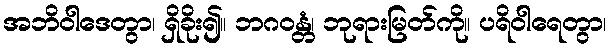
အဘိဝါဒေတွာ၊ ရှိခိုး၍။ ဘဂဝန္တံ၊ ဘုရားမြတ်ကို။ ပရိဝါရေတွာ၊